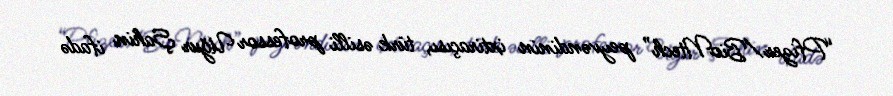
“Pfizer/BioNtech” peyvəndinin ixtiraçısı, türk əsilli professor Uğur Şahin ifadə